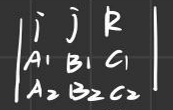
\begin{vmatrix}
i & j & k \\
A_1 & B_1 & C_1 \\
A_2 & B_2 & C_2
\end{vmatrix}